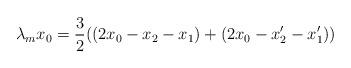
LaTeX: \begin{align*}\lambda_{m}x_{0} = \frac{3}{2}( (2x_{0}-x_{2}-x_{1})+(2x_{0}-x_{2}'-x_{1}'))\end{align*}